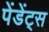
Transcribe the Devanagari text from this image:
पेंडेंट्स